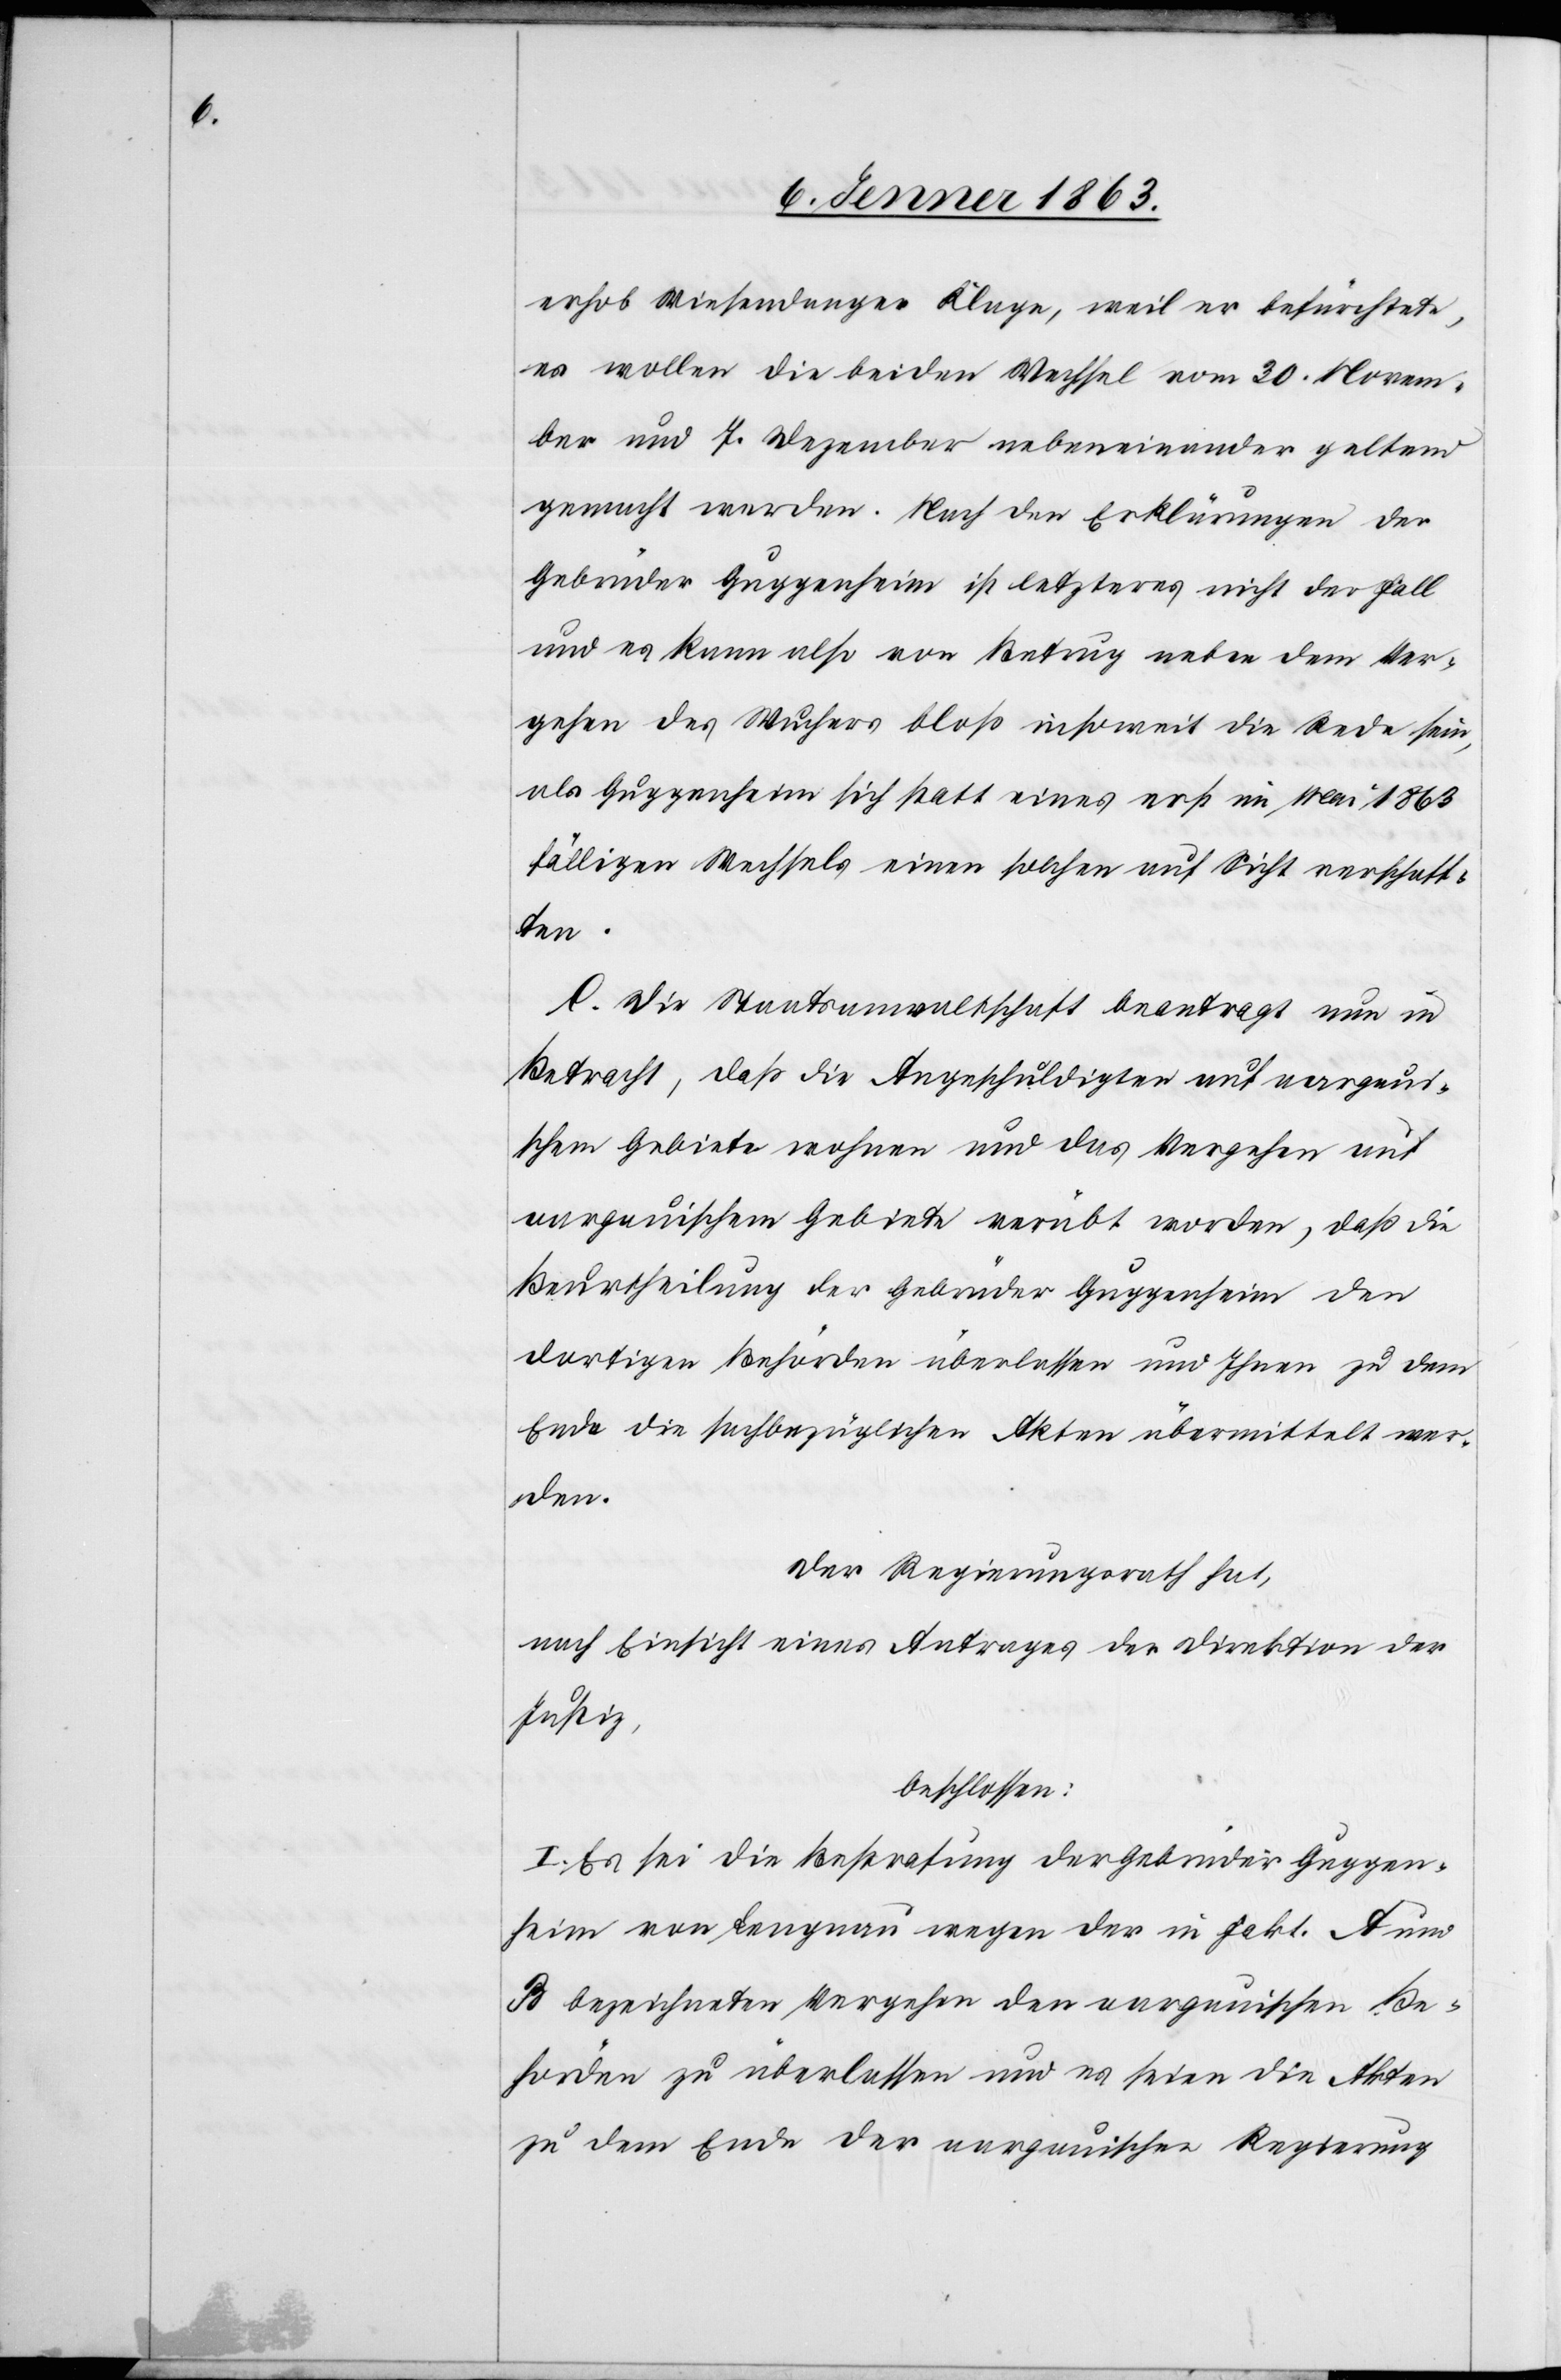
erhob Wiesendanger Klage, weil er befürchtete,
es wollen die beiden Wechsel vom 30. Novem¬
ber und 7. Dezember nebeneinander geltend
gemacht werden. Nach den Erklärungen der
Gebrüder Guggenheim ist letzteres nicht der Fall
und es kann also von Betrug neben dem Ver¬
gehen des Wuchers bloß insoweit die Rede sein,
als Guggenheim sich statt eines erst im Mai 1863
fälligen Wechsels einen solchen auf Sicht verschafft¬
en.
C. Die Staatsanwaltschaft beantragt nun in
Betracht, daß die Angeschuldigten auf aargaui¬
schem Gebiete wohnen und das Vergehen auf
aargauischem Gebiete verübt worden, daß die
Beurtheilung der Gebrüder Guggenheim den
dortigen Behörden überlassen und Ihnen zu dem
Ende die sachbezüglichen Akten übermittelt wer¬
den.
Der Regierungsrath hat,
nach Einsicht eines Antrages der Direktion der
Justiz,
beschlossen:
I. Es sei die Bestrafung der Gebrüder Guggen¬
heim von Lengnau wegen der in Fakt. A und
B bezeichneten Vergehen den aargauischen Be¬
hörden zu überlassen und es seien die Akten
zu dem Ende der aargauischen Regierung